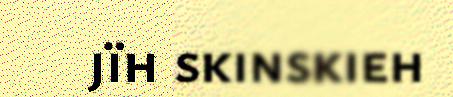
jïh skinskieh